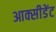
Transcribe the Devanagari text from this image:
आक्सीडेंट